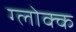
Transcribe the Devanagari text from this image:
ग्लोक्क